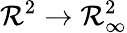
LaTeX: \mathcal{R}^{2}\to\mathcal{R}_{\infty}^{2}